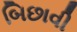
બિછાવી